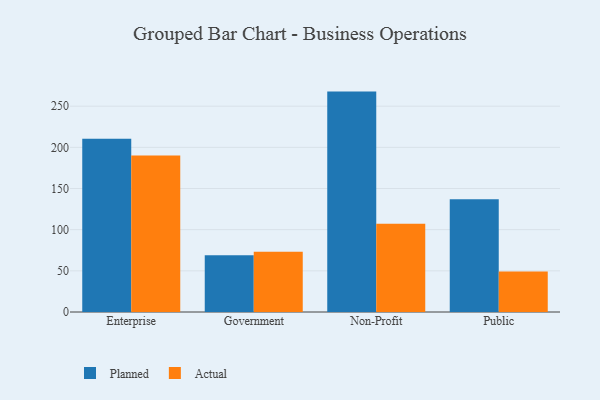
{"axis": {"x": "Segment", "y": "Humidity (%)"}, "legend": ["Actual", "Planned"], "data": [{"x": "Enterprise", "y": 210.5, "type": "Planned"}, {"x": "Enterprise", "y": 190.0, "type": "Actual"}, {"x": "Government", "y": 69.0, "type": "Planned"}, {"x": "Government", "y": 73.3, "type": "Actual"}, {"x": "Non-Profit", "y": 267.7, "type": "Planned"}, {"x": "Non-Profit", "y": 107.1, "type": "Actual"}, {"x": "Public", "y": 136.8, "type": "Planned"}, {"x": "Public", "y": 49.3, "type": "Actual"}]}